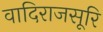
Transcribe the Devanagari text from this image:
वादिराजसूरि